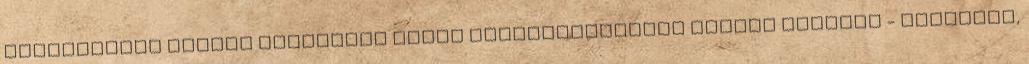
mezővárosok széles határában folyó állattenyésztés fontos szerepe - kukorica,